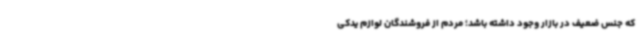
که جنس ضعیف در بازار وجود داشته باشد؛‌ مردم از فروشندگان لوازم یدکی